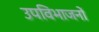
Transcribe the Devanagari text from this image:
उपविभाजनों